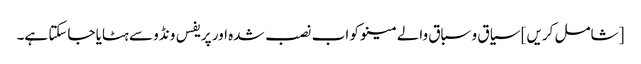
[شامل کریں] سیاق و سباق والے مینو کو اب نصب شدہ اور پریفس ونڈو سے ہٹایا جاسکتا ہے۔